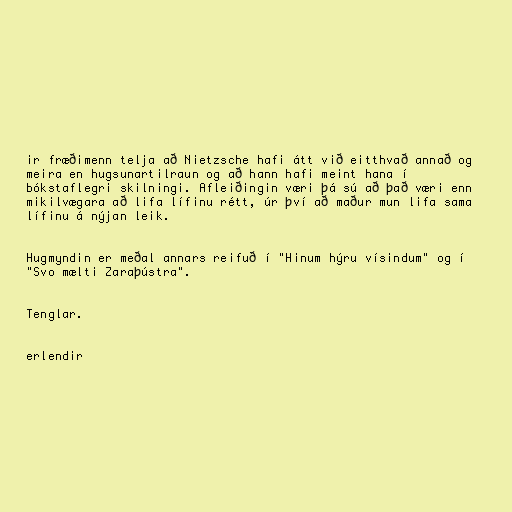
ir fræðimenn telja að Nietzsche hafi átt við eitthvað annað og
meira en hugsunartilraun og að hann hafi meint hana í
bókstaflegri skilningi. Afleiðingin væri þá sú að það væri enn
mikilvægara að lifa lífinu rétt, úr því að maður mun lifa sama
lífinu á nýjan leik.

Hugmyndin er meðal annars reifuð í "Hinum hýru vísindum" og í
"Svo mælti Zaraþústra".

Tenglar.

erlendir